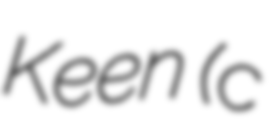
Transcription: Keen (c